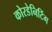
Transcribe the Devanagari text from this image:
कोरडेनिटिंग